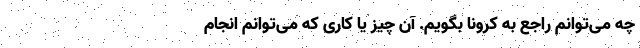
چه می‌توانم راجع به کرونا بگویم. آن چیز یا کاری که می‌توانم انجام